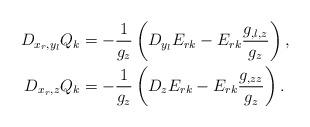
LaTeX: \begin{align*} D_{x_r,y_l}Q_k &= -\frac{1}{g_z}\left(D_{y_l}E_{rk}-E_{rk}\frac{g_{,l,z}}{g_z}\right),\\ D_{x_r,z}Q_k &= -\frac{1}{g_z}\left(D_{z}E_{rk}-E_{rk}\frac{g_{,zz}}{g_z}\right). \end{align*}